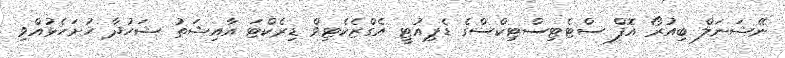
ނޭޝަނަލް ބިއުރޯ އޮފް ސްޓެޓިސްޓިކްސްގެ ޑެޕިއުޓީ އެގްޒެކެޓިވް ޑިރެކްޓަ އާއިޝަތު ޝަހުދާ ހުށަހެޅުއްވި